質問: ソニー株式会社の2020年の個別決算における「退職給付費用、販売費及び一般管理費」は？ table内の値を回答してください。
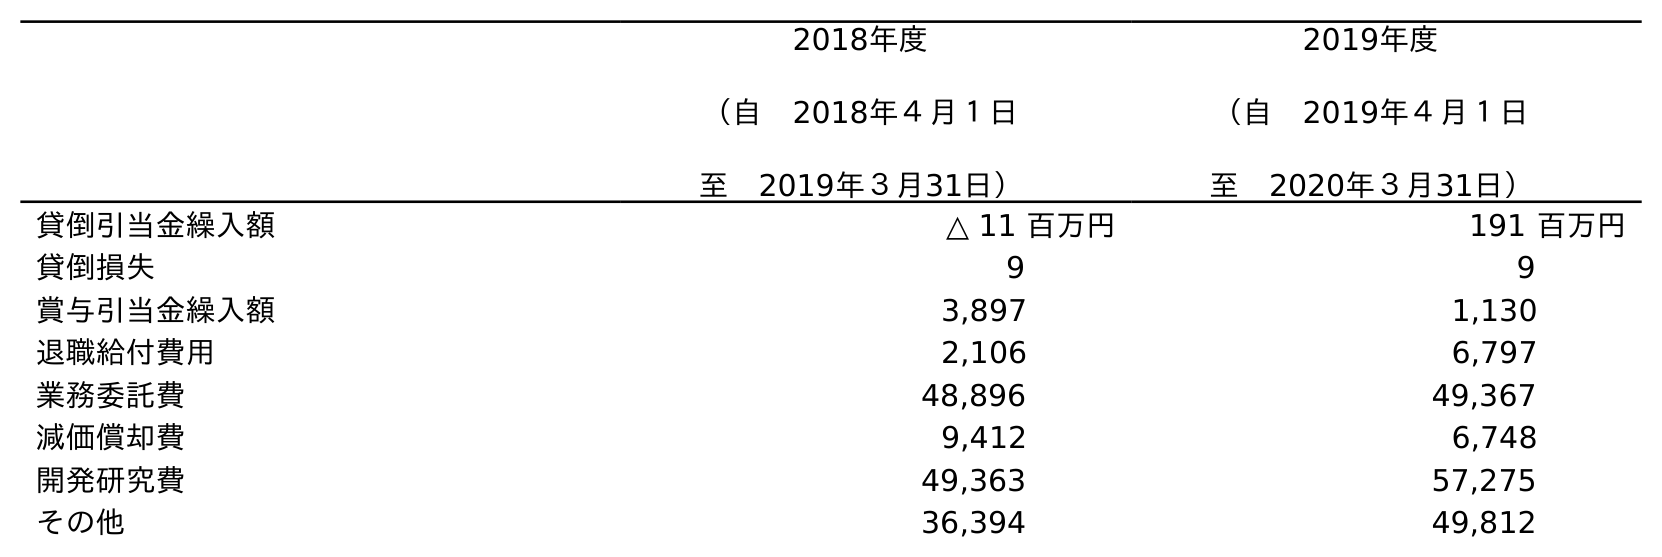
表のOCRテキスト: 2018年度 （自 2018年４月１日 至 2019年３月31日） 2019年度 （自 2019年４月１日 至 2020年３月31日） 貸倒引当金繰入額 △ 11 百万円 191 百万円 貸倒損失 9 9 賞与引当金繰入額 3,897 1,130 退職給付費用 2,106 6,797 業務委託費 48,896 49,367 減価償却費 9,412 6,748 開発研究費 49,363 57,275 その他 36,394 49,812
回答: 6,797